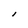
Character: I